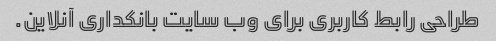
طراحی رابط کاربری برای وب سایت بانکداری آنلاین.